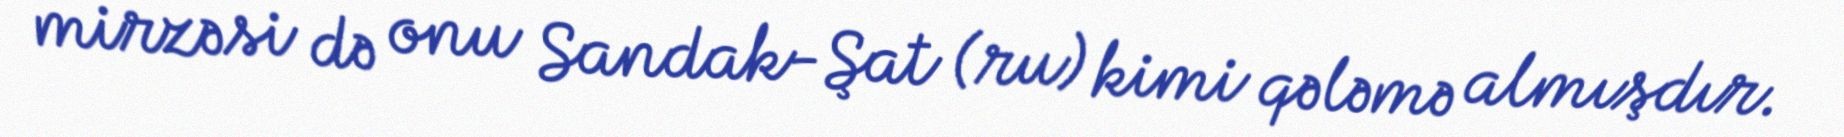
mirzəsi də onu Sandak-Şat (ru) kimi qələmə almışdır.